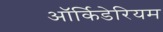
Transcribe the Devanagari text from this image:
ऑर्किडेरियम